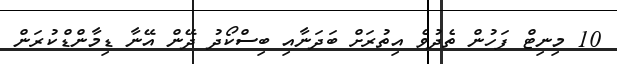
10 މިނިޓް ފަހުން ތެދުވެ އިތުރަށް ބަދަނާއި ބިސްކޯދު ދޭން އޭނާ ޑިމާންޑްކުރަން